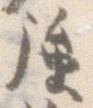
強